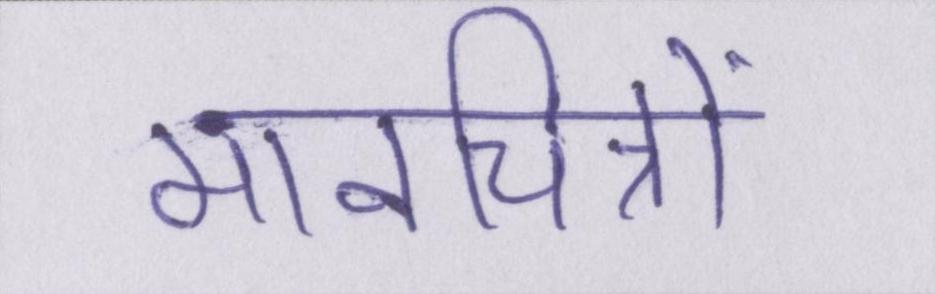
मानचित्रों